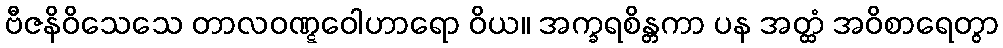
ဗီဇနိဝိသေသေ တာလဝဏ္ဋဝေါဟာရော ဝိယ။ အက္ခရစိန္တကာ ပန အတ္ထံ အဝိစာရေတွာ